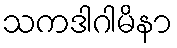
သကဒါဂါမိနာ